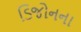
ડિજોનના